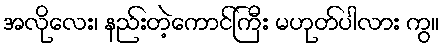
အလိုလေး၊ နည်းတဲ့ကောင်ကြီး မဟုတ်ပါလား ကွ။